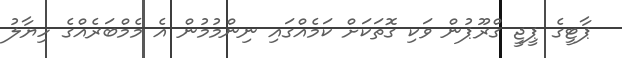
ޕާޓީގެ ޕީޖީ ގްރޫޕުން ވަކި ގޮތަކަށް ކަމެއްގައި ނިންމުމުން އެ މެމްބަރެއްގެ ހިޔާލު